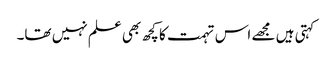
کہتی ہیں مجھے اس تہمت کا کچھ بھی علم نہیں تھا۔